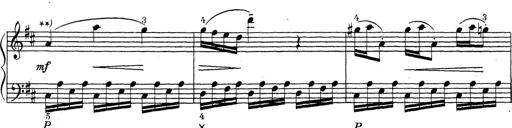
Title: ÄŒeskÃ© Sonatiny
Composer: Various